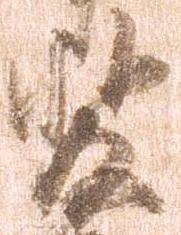
斐